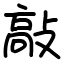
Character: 敲